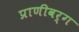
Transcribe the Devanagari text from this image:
प्राणीवर्ग